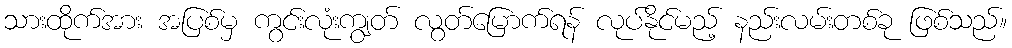
သားထိုက်အား အပြစ်မှ ကွင်းလုံးကျွတ် လွတ်မြောက်ရန် လုပ်နိုင်မည့် နည်းလမ်းတစ်ခု ဖြစ်သည်။